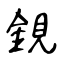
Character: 鋧